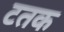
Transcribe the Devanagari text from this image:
टतक